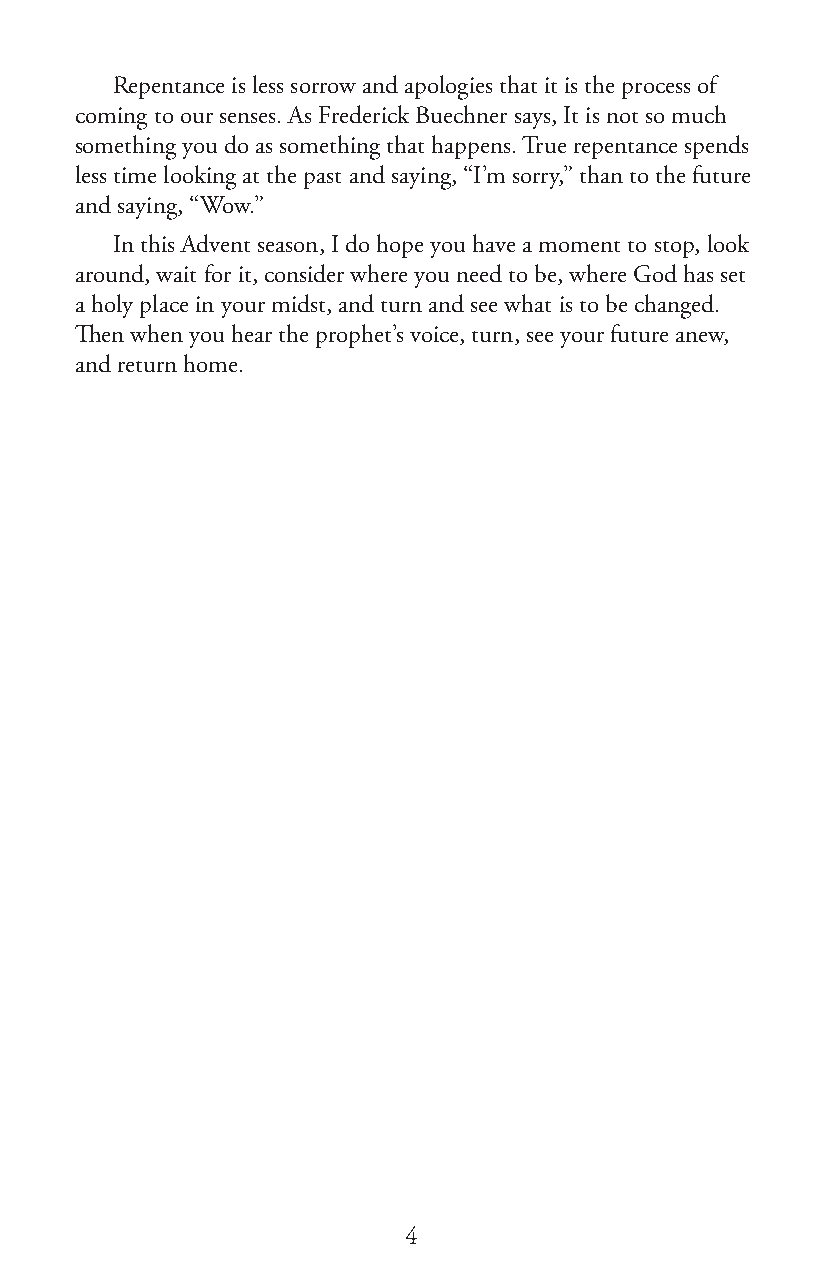
Repentance is less sorrow and apologies that it is the process of
 coming to our senses. As Frederick Buechner says, It is not so much
 something you do as something that happens. True repentance spends
 less time looking at the past and saying, “I’m sorry,” than to the future
 and saying, “Wow.”
 In this Advent season, I do hope you have a moment to stop, look
 around, wait for it, consider where you need to be, where God has set
 a holy place in your midst, and turn and see what is to be changed.
 Then when you hear the prophet’s voice, turn, see your future anew,
 and return home.
 4